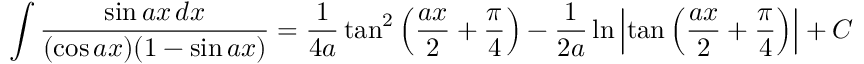
\int { \frac { \sin a x \, d x } { ( \cos a x ) ( 1 - \sin a x ) } } = { \frac { 1 } { 4 a } } \tan ^ { 2 } \left( { \frac { a x } { 2 } } + { \frac { \pi } { 4 } } \right) - { \frac { 1 } { 2 a } } \ln \left| \tan \left( { \frac { a x } { 2 } } + { \frac { \pi } { 4 } } \right) \right| + C